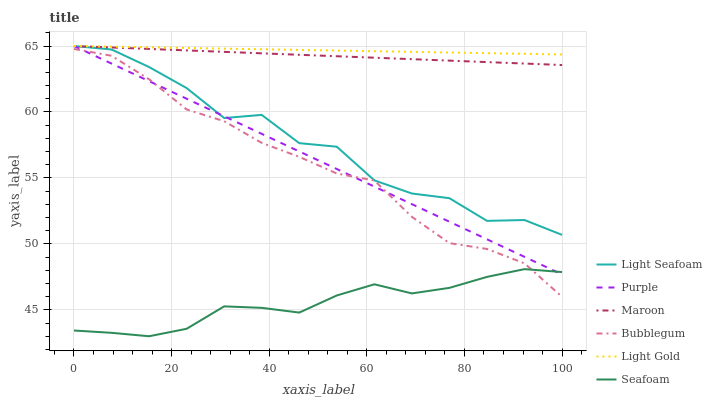
| xaxis_label | Light Seafoam | Purple | Maroon | Bubblegum | Light Gold | Seafoam |
 | --- | --- | --- | --- | --- | --- | --- |
 | 0 | 65 | 65 | 65 | 64.8 | 65 | 43.4 |
 | 7.69 | 64.7 | 63.7 | 64.9 | 64.3 | 65 | 43.3 |
 | 15.4 | 63.4 | 62.3 | 64.8 | 62.5 | 64.9 | 43 |
 | 23.1 | 61.8 | 61 | 64.7 | 60.2 | 64.9 | 43.6 |
 | 30.8 | 59.5 | 59.7 | 64.6 | 59.3 | 64.8 | 45.3 |
 | 38.5 | 59.8 | 58.3 | 64.4 | 57.7 | 64.8 | 45.2 |
 | 46.2 | 57.6 | 57 | 64.3 | 56.6 | 64.7 | 44.8 |
 | 53.8 | 57.4 | 55.7 | 64.2 | 55.3 | 64.7 | 46.1 |
 | 61.5 | 54.8 | 54.3 | 64.1 | 54.8 | 64.6 | 46.9 |
 | 69.2 | 53.8 | 53 | 64 | 52 | 64.6 | 46.2 |
 | 76.9 | 53.5 | 51.7 | 63.9 | 50.1 | 64.5 | 46.7 |
 | 84.6 | 51.7 | 50.3 | 63.8 | 49.6 | 64.5 | 47.5 |
 | 92.3 | 51.8 | 49 | 63.7 | 48.5 | 64.4 | 48.1 |
 | 100 | 50.7 | 47.7 | 63.6 | 46 | 64.4 | 47.9 |